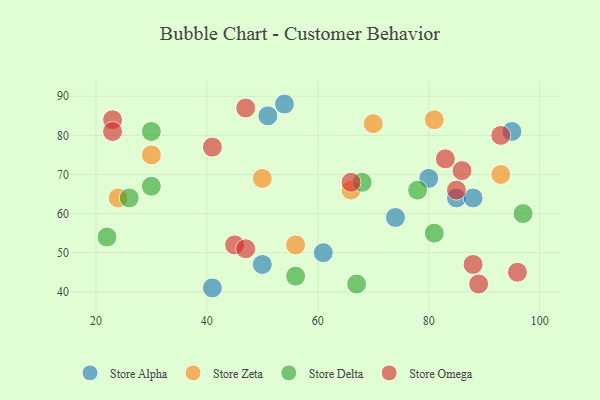
{"axis": {"x": "GDP", "y": "Life Expectancy"}, "legend": ["Store Alpha", "Store Delta", "Store Omega", "Store Zeta"], "data": [{"x": "54", "y": 88, "type": "Store Alpha"}, {"x": "80", "y": 69, "type": "Store Alpha"}, {"x": "85", "y": 64, "type": "Store Alpha"}, {"x": "74", "y": 59, "type": "Store Alpha"}, {"x": "95", "y": 81, "type": "Store Alpha"}, {"x": "41", "y": 41, "type": "Store Alpha"}, {"x": "51", "y": 85, "type": "Store Alpha"}, {"x": "88", "y": 64, "type": "Store Alpha"}, {"x": "61", "y": 50, "type": "Store Alpha"}, {"x": "50", "y": 47, "type": "Store Alpha"}, {"x": "66", "y": 66, "type": "Store Zeta"}, {"x": "93", "y": 70, "type": "Store Zeta"}, {"x": "56", "y": 52, "type": "Store Zeta"}, {"x": "50", "y": 69, "type": "Store Zeta"}, {"x": "30", "y": 75, "type": "Store Zeta"}, {"x": "24", "y": 64, "type": "Store Zeta"}, {"x": "81", "y": 84, "type": "Store Zeta"}, {"x": "70", "y": 83, "type": "Store Zeta"}, {"x": "30", "y": 81, "type": "Store Delta"}, {"x": "26", "y": 64, "type": "Store Delta"}, {"x": "97", "y": 60, "type": "Store Delta"}, {"x": "81", "y": 55, "type": "Store Delta"}, {"x": "22", "y": 54, "type": "Store Delta"}, {"x": "78", "y": 66, "type": "Store Delta"}, {"x": "67", "y": 42, "type": "Store Delta"}, {"x": "56", "y": 44, "type": "Store Delta"}, {"x": "68", "y": 68, "type": "Store Delta"}, {"x": "30", "y": 67, "type": "Store Delta"}, {"x": "45", "y": 52, "type": "Store Omega"}, {"x": "47", "y": 87, "type": "Store Omega"}, {"x": "96", "y": 45, "type": "Store Omega"}, {"x": "88", "y": 47, "type": "Store Omega"}, {"x": "23", "y": 84, "type": "Store Omega"}, {"x": "66", "y": 68, "type": "Store Omega"}, {"x": "83", "y": 74, "type": "Store Omega"}, {"x": "89", "y": 42, "type": "Store Omega"}, {"x": "23", "y": 81, "type": "Store Omega"}, {"x": "47", "y": 51, "type": "Store Omega"}, {"x": "86", "y": 71, "type": "Store Omega"}, {"x": "85", "y": 66, "type": "Store Omega"}, {"x": "41", "y": 77, "type": "Store Omega"}, {"x": "93", "y": 80, "type": "Store Omega"}]}